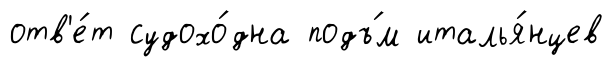
отв'е́т судохо́дна подъ́м италья́нцев